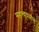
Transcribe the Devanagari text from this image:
महत्त्वाप्रमाणे